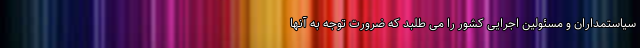
سیاستمداران و مسئولین اجرایی کشور را می طلبد که ضرورت توجه به آنها